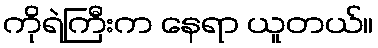
ကိုရဲကြီးက နေရာ ယူတယ်။